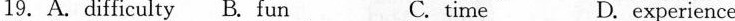
19. A.difficulty B. fun C. time D. experience